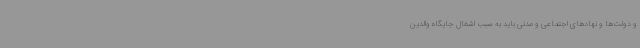
و دولت‌ها و نهادهای اجتماعی و مدنی باید به سبب اشغال جایگاه والدین